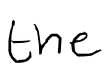
Text: the
Cross-out: clean
Writing tool: digital_black